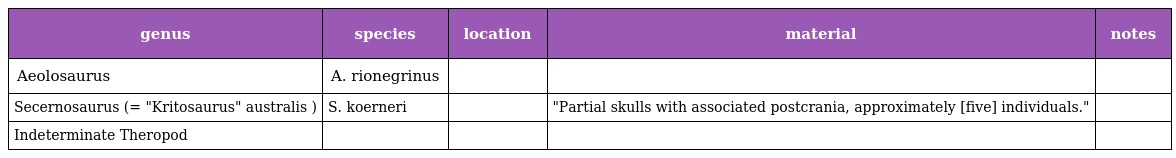
| genus | species | location | material | notes |
 | --- | --- | --- | --- | --- |
 | Aeolosaurus | A. rionegrinus |  |  |  |
 | Secernosaurus (= "Kritosaurus" australis ) | S. koerneri |  | "Partial skulls with associated postcrania, approximately [five] individuals." |  |
 | Indeterminate Theropod |  |  |  |  |